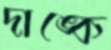
দাঙ্কে